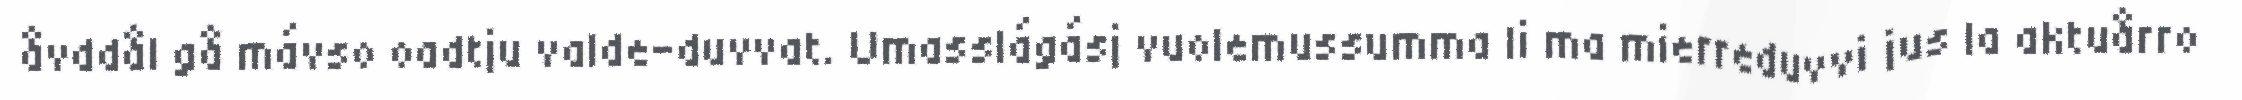
åvddål gå mávso oadtju valde-duvvat. Umasslágásj vuolemussumma li ma mierreduvvi jus la aktuårro